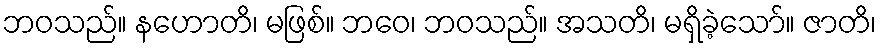
ဘဝသည်။ နဟောတိ၊ မဖြစ်။ ဘဝေ၊ ဘဝသည်။ အသတိ၊ မရှိခဲ့သော်။ ဇာတိ၊